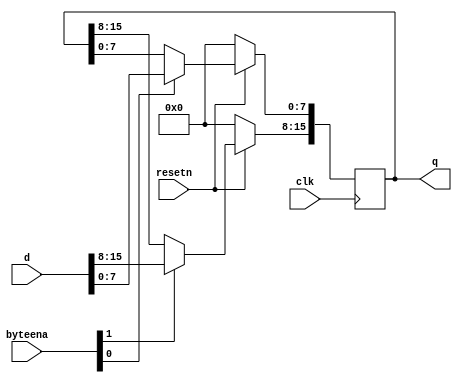
module top_module(
    input wire clk,
    input wire resetn,
    input wire [1:0] byteena,
    input wire [15:0] d,
    output reg [15:0] q
);
    // D flip-flop logic for 16-bit register with byte-enable and synchronous, active-low reset
    always @(posedge clk) begin
        if (!resetn) begin
            // Reset all flip-flops to 0 when resetn is low
            q <= 16'b0;
        end else begin
            // Condition to update the upper 8 bits if byteena[1] is high
            if (byteena[1])
                q[15:8] <= d[15:8];
            // Condition to update the lower 8 bits if byteena[0] is high
            if (byteena[0])
                q[7:0] <= d[7:0];
        end
    end
endmodule